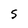
Character: S